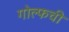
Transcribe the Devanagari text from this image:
गोल्फची